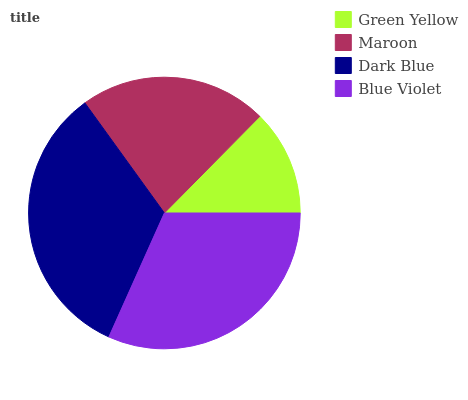
| Green Yellow | Maroon | Dark Blue | Blue Violet |
 | --- | --- | --- | --- |
 | 12.6% | 22.3% | 33.3% | 31.7% |